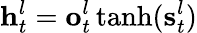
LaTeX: \mathbf{h}_{t}^{l}=\mathbf{o}_{t}^{l}\operatorname{tanh}(\mathbf{s}_{t}^{l})